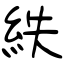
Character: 紩